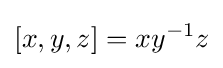
[x,y,z]=xy^{-1}z